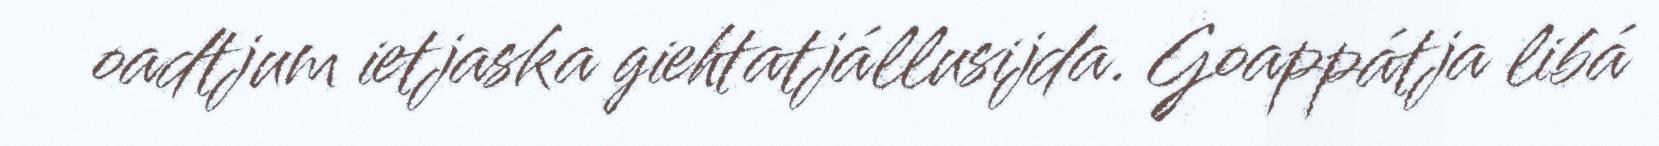
oadtjum ietjaska giehtatjállusijda. Goappátja libá